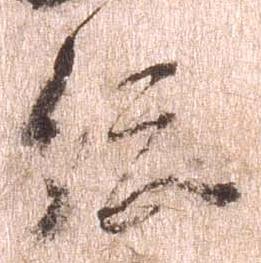
総